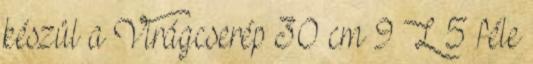
készül a Virágcserép 30 cm 9 L 5 féle